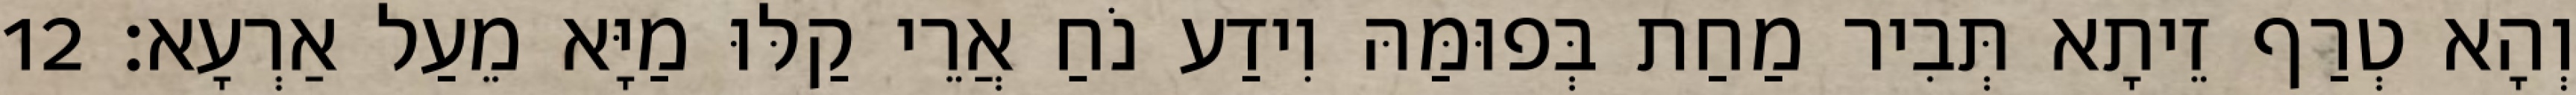
וְהָא טְרַף זֵיתָא תְּבִיר מַחַת בְּפוּמַּהּ וִידַע נֹחַ אֲרֵי קַלּוּ מַיָּא מֵעַל אַרְעָא׃ 12